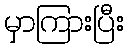
မှာကြားပြီး